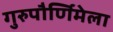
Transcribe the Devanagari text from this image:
गुरुपौर्णिमेला